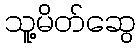
သူ့မိတ်ဆွေ